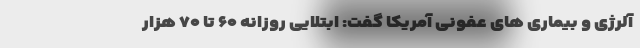
آلرژی و بیماری های عفونی آمریکا گفت: ابتلایی روزانه ۶۰ تا ۷۰ هزار